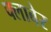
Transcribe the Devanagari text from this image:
फ्लाबेर